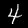
Label: 4